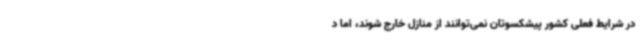
در شرایط فعلی کشور پیشکسوتان نمی‌توانند از منازل خارج شوند، اما د